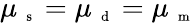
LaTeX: \mu_{\mathrm{~\scriptsize~s~}}=\mu_{\mathrm{~\scriptsize~d~}}=\mu_{\mathrm{~\scriptsize~m~}}